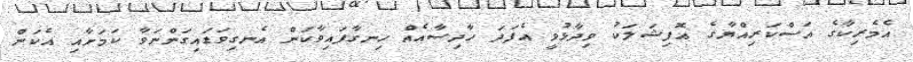
އެމެރިކާގެ އަސްކަރިއްޔާގެ އޮފިޝަލަކު ވިދާޅުވީ އެފަދަ ހާދިސާއެއް ހިނގާފައިވާކަން އެނގިވަޑައިގަންނަވާ ކަމަށާއި އެކަން